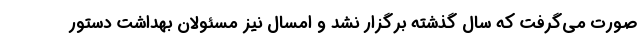
صورت می‌گرفت که سال گذشته برگزار نشد و امسال نیز مسئولان بهداشت دستور